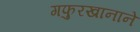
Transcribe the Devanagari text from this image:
गफुरखानाने